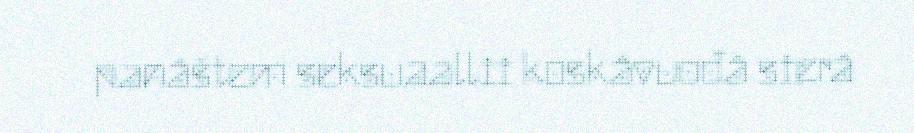
panâštem seksuaallii koskâvuođâ sierâ